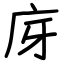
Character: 庌